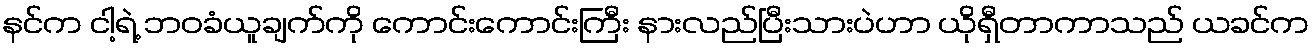
နင်က ငါ့ရဲ့ ဘဝခံယူချက်ကို ကောင်းကောင်းကြီး နားလည်ပြီးသားပဲဟာ ယိုရှီတာကာသည် ယခင်က